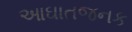
આઘાતજનક